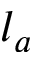
l _ { a }